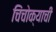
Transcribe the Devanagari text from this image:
चिंचोक्याची